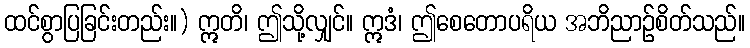
ထင်စွာပြခြင်းတည်း။) ဣတိ၊ ဤသို့လျှင်။ ဣဒံ၊ ဤစေတောပရိယ အဘိညာဉ်စိတ်သည်။